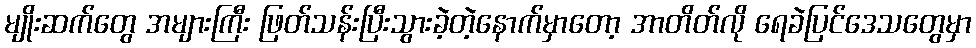
မျိုးဆက်တွေ အများကြီး ဖြတ်သန်းပြီးသွားခဲ့တဲ့နောက်မှာတော့ အာတိတ်လို ရေခဲပြင်ဒေသတွေမှာ